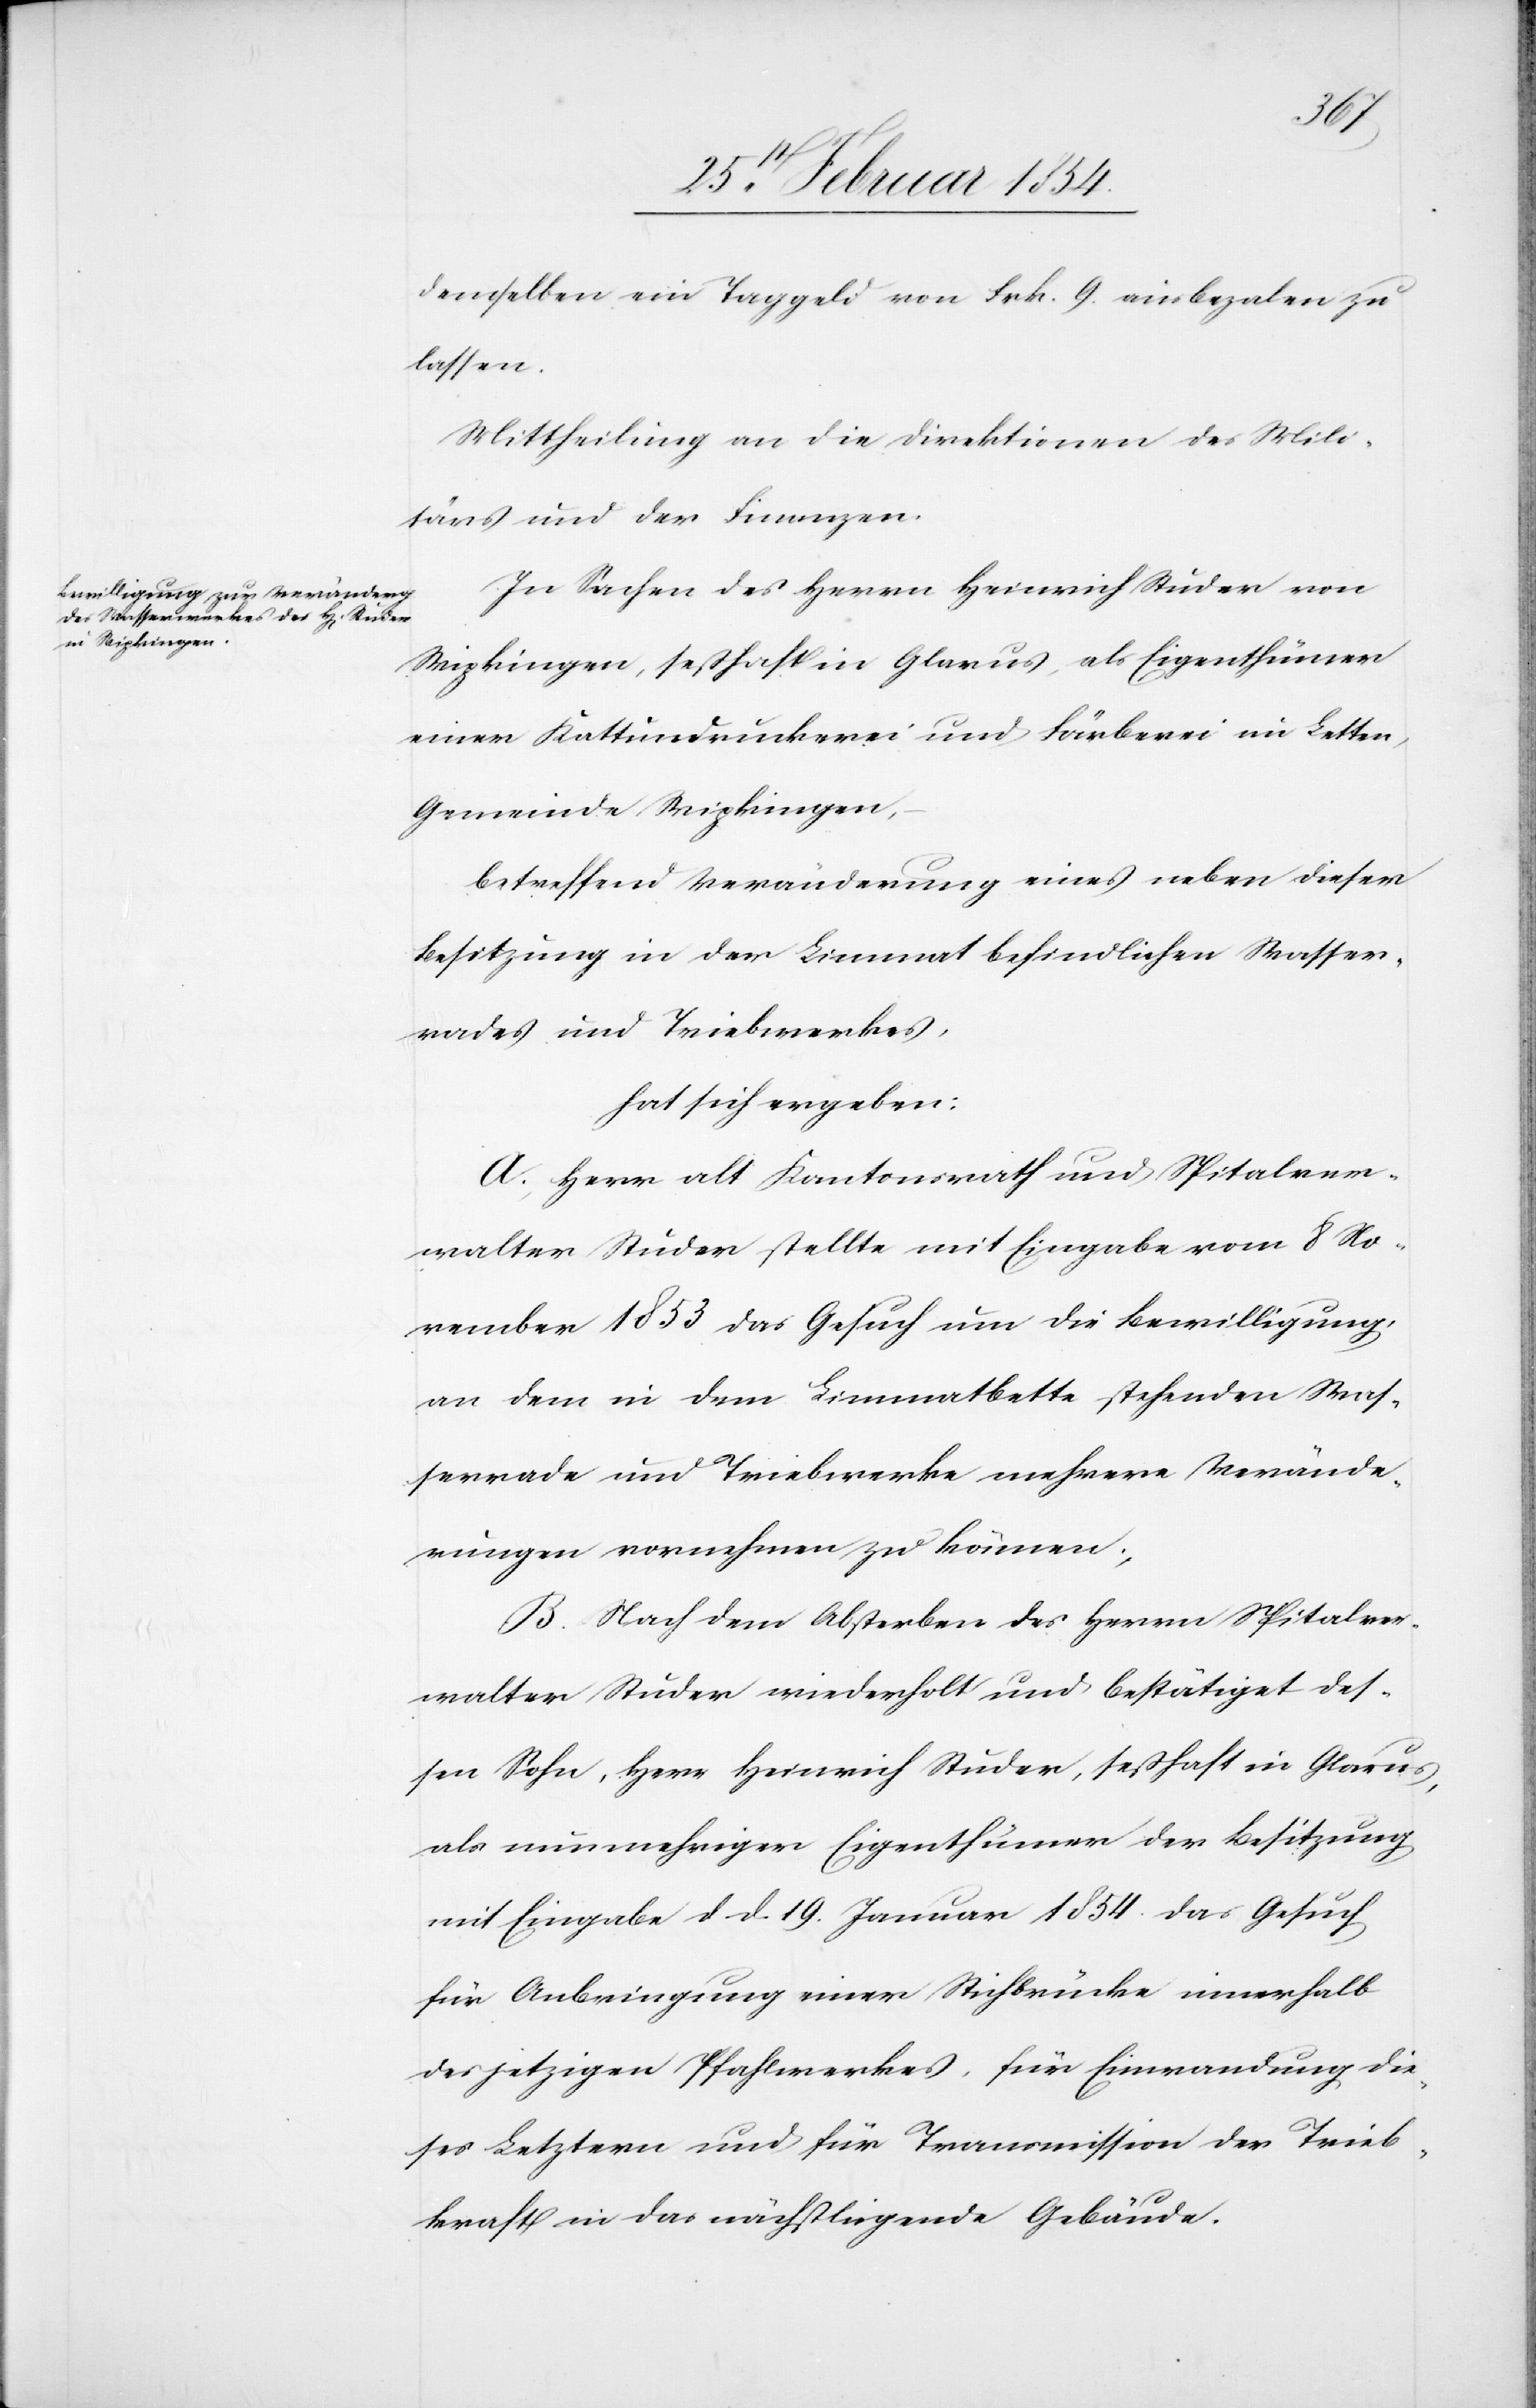
demselben ein Taggeld von Frk. 9. ausbezalen zu
lassen.
Mittheilung an die Direktionen des Mili¬
tärs und der Finanzen.
In Sachen des Herrn Heinrich Studer von
Wipkingen, seßhaft in Glarus, als Eigenthümer
einer Kattundruckerei und Färberei in Letten,
Gemeinde Wipkingen,
betreffend Veränderung eines neben dieser
Besitzung in der Limmat befindlichen Wasser¬
rades und Triebwerkes,
hat sich ergeben:
A. Herr alt Kantonsrath und Spitalver¬
walter Studer stellte mit Eingabe vom 8 No¬
vember 1853 das Gesuch um Bewilligung,
an dem in dem Limmatbette stehenden Was¬
serrade und Triebwerke mehrere Verände¬
rungen vornehmen zu können;
B. Nach dem Absterben des Herrn Spitalver¬
walter Studer wiederholt und bestätiget des¬
sen Sohn, Herr Heinrich Studer, seßhaft in Glarus,
als nunmehriger Eigenthümer der Besitzung
mit Eingabe d. d. 19. Januar 1854 das Gesuch
für Anbringung einer Stichbrücke innerhalb
des jetzigen Pfahlwerkes, für Einwandung die¬
ses Letztern und für Transmission der Trieb¬
kraft in das nächstliegende Gebäude.